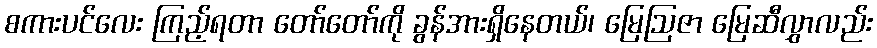
စကားပင်လေး ကြည့်ရတာ တော်တော်ကို ခွန်အားရှိနေတယ်၊ မြေဩဇာ မြေဆီလွှာလည်း